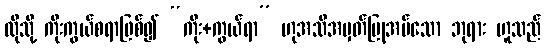
ထိုသို့ ကိုးကွယ်စရာဖြစ်၍ “ကိုး+ကွယ်ရာ” ဟုအသိအမှတ်ပြုအပ်သော ဘုရား ဟူသည်